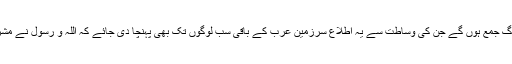
اِس میں ملک کے کونے کونے سے لوگ جمع ہوں گے جن کی وساطت سے یہ اطلاع سرزمین عرب کے باقی سب لوگوں تک بھی پہنچا دی جائے کہ اللہ و رسول نے مشرکین سے براء ت کا اعلان کر دیا ہے۔